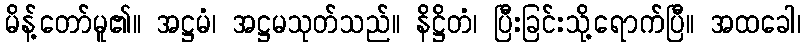
မိန့်တော်မူ၏။ အဋ္ဌမံ၊ အဋ္ဌမသုတ်သည်။ နိဋ္ဌိတံ၊ ပြီးခြင်းသို့ရောက်ပြီ။ အထခေါ၊